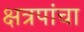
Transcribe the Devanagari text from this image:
क्षत्रपांचा